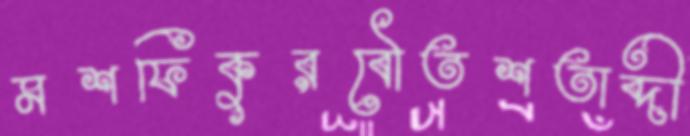
মশফিকুরবৌতশতাব্দী